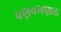
પણવખણાય